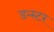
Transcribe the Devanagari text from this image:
डन्स्टर